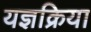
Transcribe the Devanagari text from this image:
यज्ञक्रिया